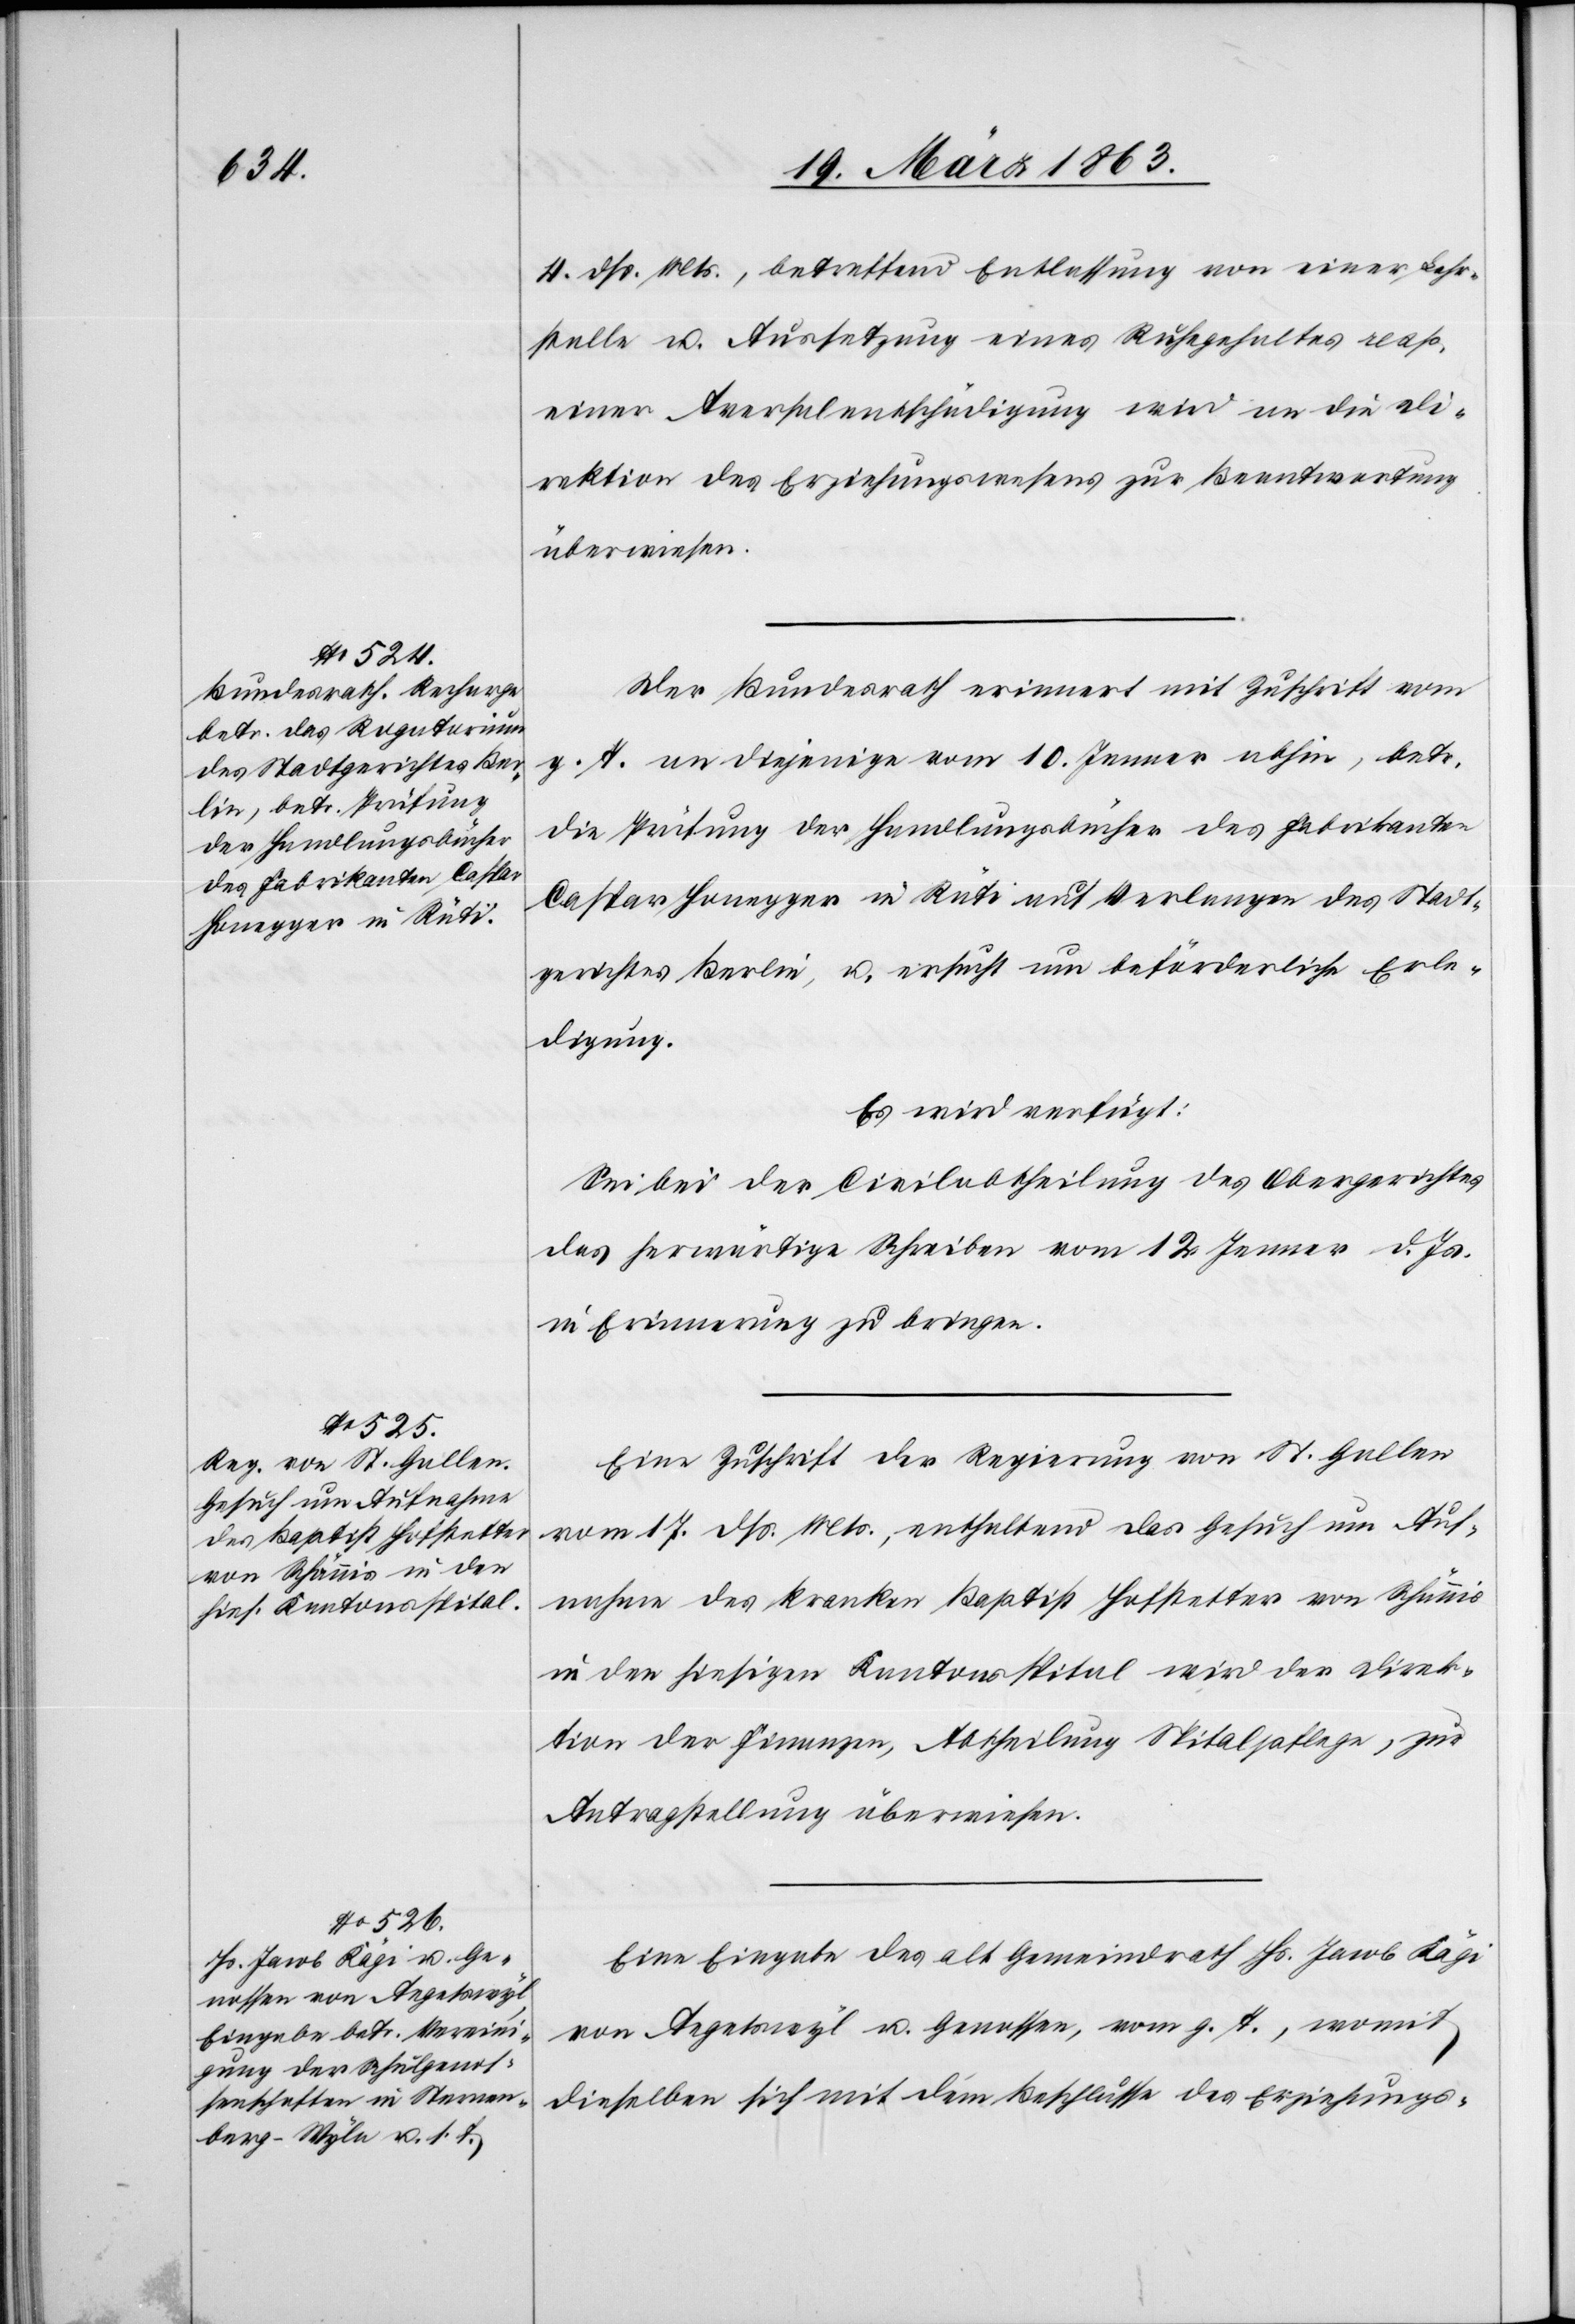
20. März 1863.]
4. dß. Mts., betreffend Entlassung von einer Lehr¬
stelle u. Aussetzung eines Ruhegehaltes resp.
einer Aversalentschädigung wird an die Di¬
rektion des Erziehungswesens zur Beantwortung
überwiesen.
Der Bundesrath erinnert mit Zuschrift vom
g. T. an diejenige vom 10. Jenner abhin, betr.
die Prüfung der Handlungsbücher des Fabrikanten
Caspar Honegger in Rüti auf Verlangen des Stadt¬
gerichtes Berlin, u. ersucht um beförderliche Erle¬
digung.
Es wird verfügt:
Sei bei der Civilabtheilung des Obergerichtes
das herwärtige Schreiben vom 12. Jenner d. Js.
in Erinnerung zu bringen.
Eine Zuschrift der Regierung von St. Gallen
vom 17. dß. Mts., enthaltend das Gesuch um Auf¬
nahme des kranken Baptist Hofstetter von Schännis
in den hiesigen Kantonsspital wird der Direk¬
tion der Finanzen, Abtheilung Spitalpflege, zur
Antragstellung überwiesen.
Eine Eingabe des alt Gemeindrath Hs. Jacob Kägi
von Aegetswyl u. Genossen, vom g. T., womit
dieselben sich mit dem Beschlusse des Erziehungs-